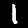
Label: 1